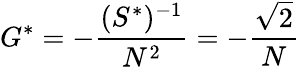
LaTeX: G^{*}=-{\frac{(S^{*})^{-1}}{N^{2}}}=-{\frac{\sqrt 2}{N}}